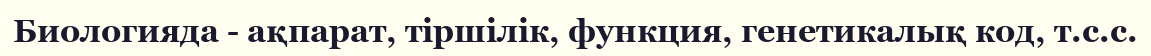
Биологияда - ақпарат, тіршілік, функция, генетикалық код, т.с.с.